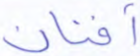
أفنان